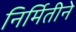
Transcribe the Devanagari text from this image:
निर्मितीने